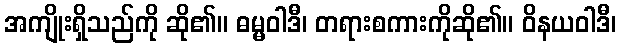
အကျိုးရှိသည်ကို ဆို၏။ ဓမ္မဝါဒီ၊ တရားစကားကိုဆို၏။ ဝိနယဝါဒီ၊